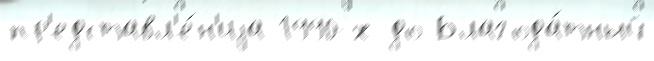
пр'едставл'е́н'иjа 1990-х до Благода́тный